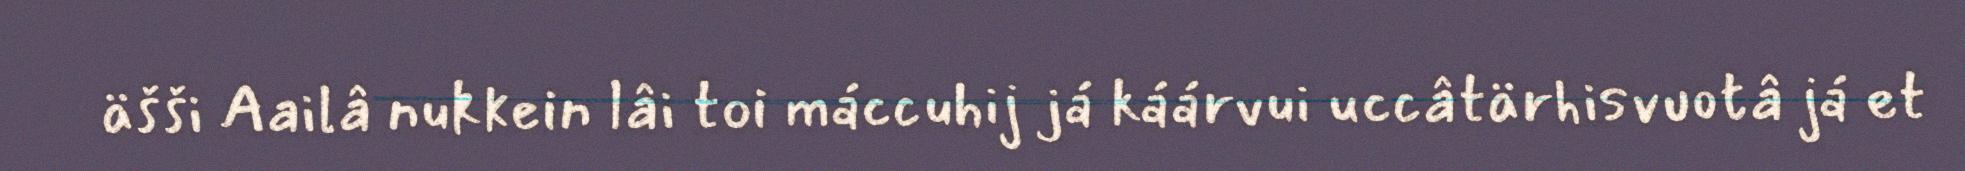
äšši Aailâ nukkein lâi toi máccuhij já káárvui uccâtärhisvuotâ já et